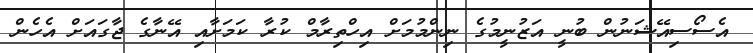
އެސޯސިއޭޝަނުން ބުނީ އަޒުނީމުގެ ނިންމުމަށް އިހްތިރާމް ކުރާ ކަމަށާއި އޭނާގެ ޖާގައަށް އެހެން